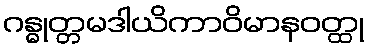
ဂန္ဓုတ္တမဒါယိကာဝိမာနဝတ္ထု